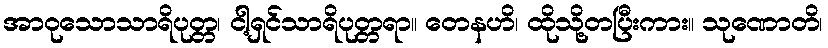
အာဝုသောသာရိပုတ္တ၊ ငါ့ရှင်သာရိပုတ္တရာ။ တေနဟိ၊ ထိုသို့တပြီးကား။ သုဏောတိ၊